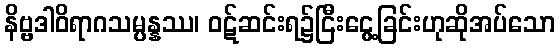
နိဗ္ဗဒါဝိရာဂသမ္ပန္နဿ၊ ဝဋ်ဆင်းရ၌ငြီးငွေ့ခြင်းဟုဆိုအပ်သော